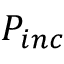
P _ { i n c }